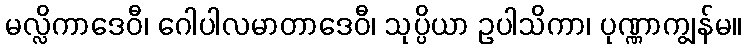
မလ္လိကာဒေဝီ၊ ဂေါပါလမာတာဒေဝီ၊ သုပ္ပိယာ ဥပါသိကာ၊ ပုဏ္ဏာကျွန်မ။